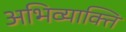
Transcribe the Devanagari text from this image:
अभिव्याक्ति